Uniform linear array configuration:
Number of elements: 24
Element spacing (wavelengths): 0.75
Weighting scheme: kaiser
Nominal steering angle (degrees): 45
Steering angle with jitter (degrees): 46.444
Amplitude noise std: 0.05
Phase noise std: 0.05

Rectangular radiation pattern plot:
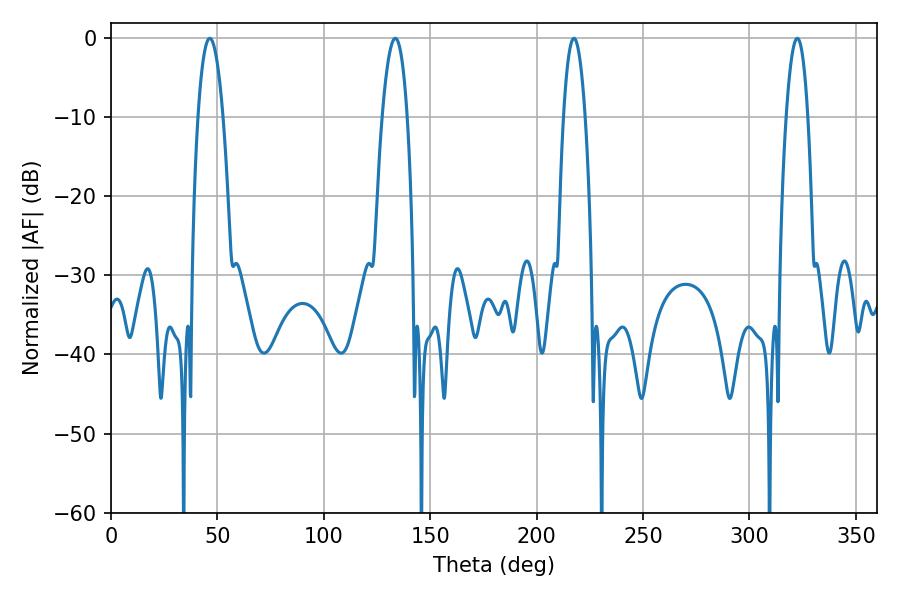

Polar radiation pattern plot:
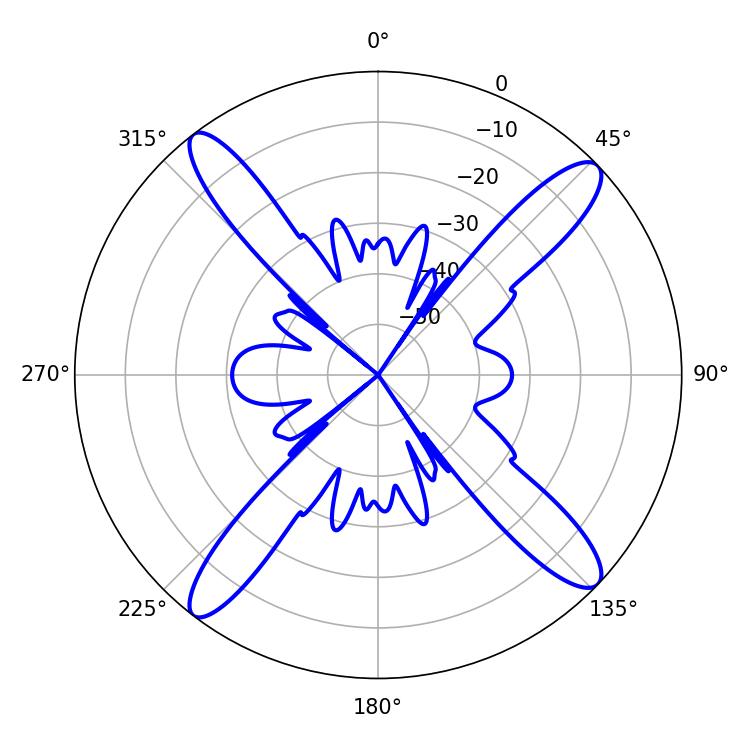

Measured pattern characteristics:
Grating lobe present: TRUE
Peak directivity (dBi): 16.185
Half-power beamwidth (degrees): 6.48
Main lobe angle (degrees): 46.44